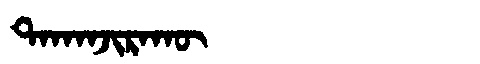
Manchu: ᡨᠠᡴᠠᠨᠵᡳᡵᠠᡴᡡ
Romanization: TAKANJIRAKŪ